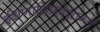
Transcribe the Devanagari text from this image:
ईक्षणादिप्रवेशान्तः